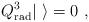
LaTeX: \begin{align*}Q^{3}_{\rm rad}|\ \rangle = 0 \ ,\end{align*}